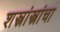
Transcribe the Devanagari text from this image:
शस्त्रांस्त्रांचा